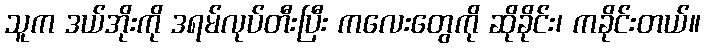
သူက ဒယ်အိုးကို ဒရမ်လုပ်တီးပြီး ကလေးတွေကို ဆိုခိုင်း၊ ကခိုင်းတယ်။